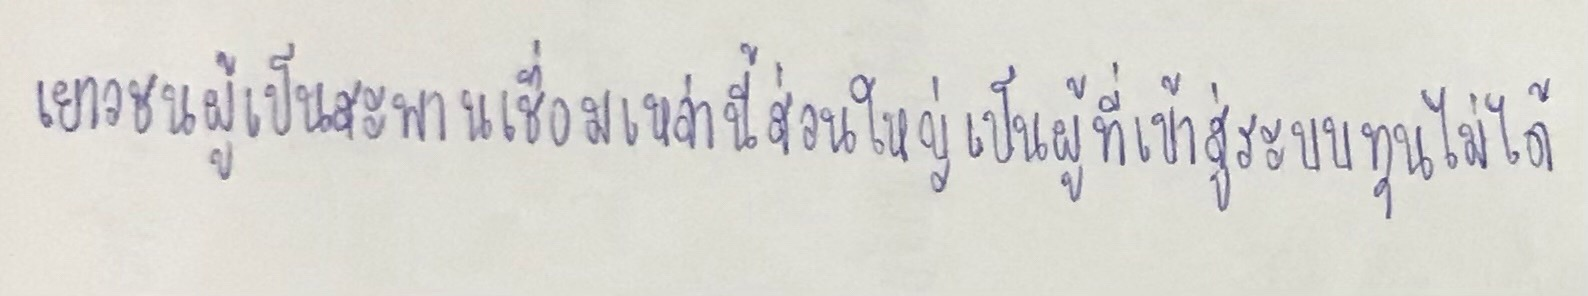
เยาวชนผู้เป็นสะพานเชื่อมเหล่านี้ส่วนใหญ่เป็นผู้ที่เข้าสู่ระบบทุนไม่ได้